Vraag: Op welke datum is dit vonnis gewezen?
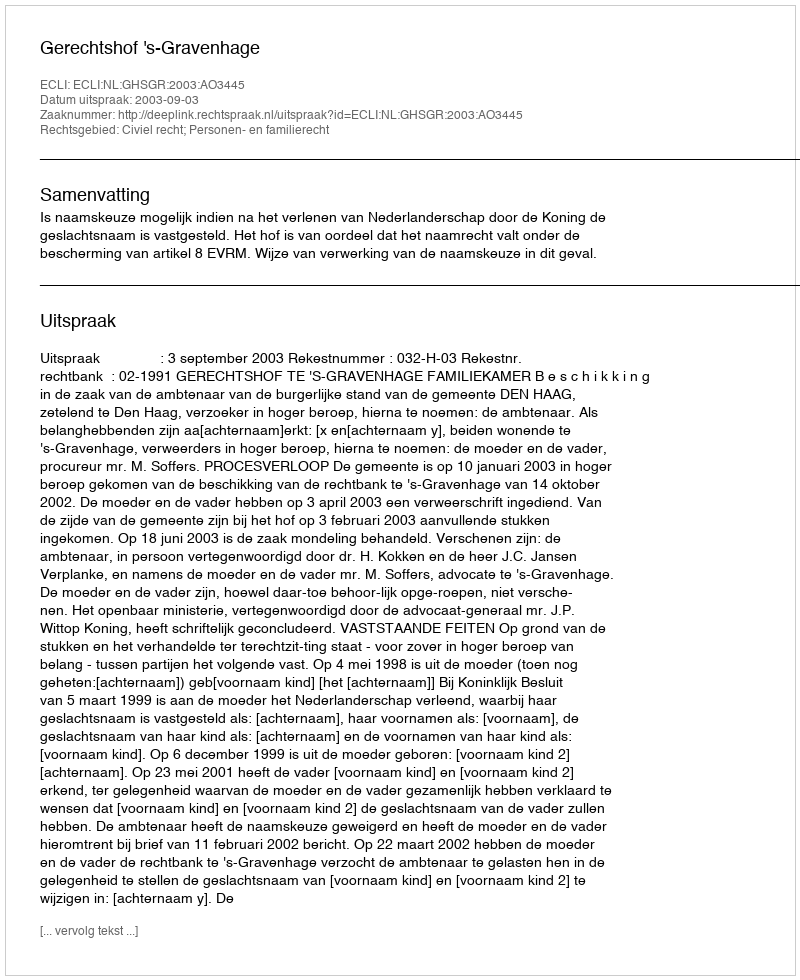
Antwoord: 2003-09-03